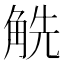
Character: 䚚